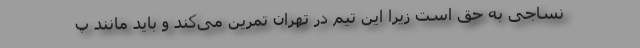
نساجی به حق است زیرا این تیم در تهران تمرین می‌کند و باید مانند پ